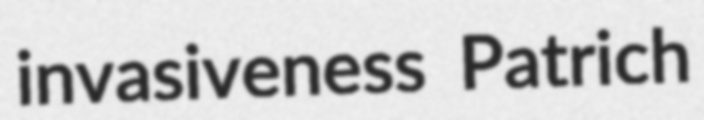
invasiveness Patrich